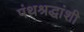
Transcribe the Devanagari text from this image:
पंथश्रद्धांशी